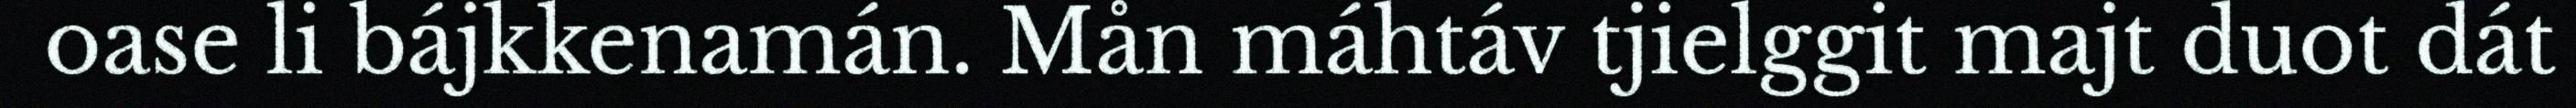
oase li bájkkenamán. Mån máhtáv tjielggit majt duot dát